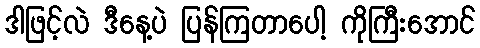
ဒါဖြင့်လဲ ဒီနေ့ပဲ ပြန်ကြတာပေါ့ ကိုကြီးအောင်